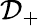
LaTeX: {{\mathcal{D}}_{+}}